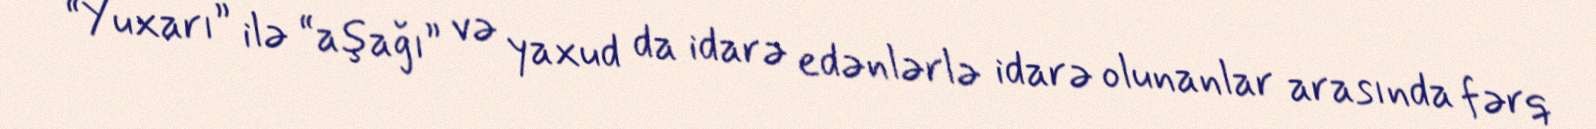
“Yuxarı” ilə “aşağı” və yaxud da idarə edənlərlə idarə olunanlar arasında fərq